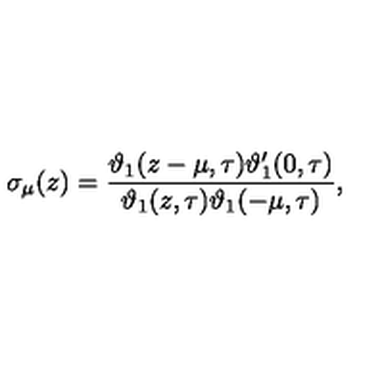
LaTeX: \sigma _ { \mu } ( z ) = \frac { \vartheta _ { 1 } ( z - \mu , \tau ) \vartheta _ { 1 } ^ { \prime } ( 0 , \tau ) } { \vartheta _ { 1 } ( z , \tau ) \vartheta _ { 1 } ( - \mu , \tau ) } ,